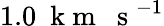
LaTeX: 1.0~\mathrm{~k~m~~~s~}^{-1}